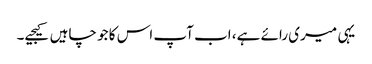
یہی میری رائے ہے، اب آپ اس کا جو چاہیں کیجیے۔